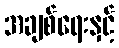
အချစ်ရေးနှင့်